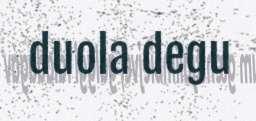
duola degu